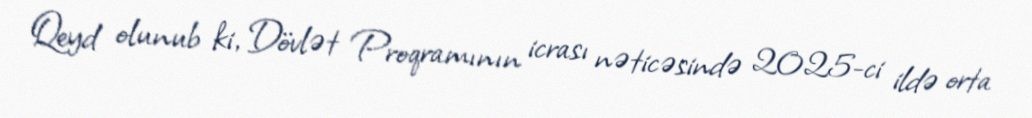
Qeyd olunub ki, Dövlət Proqramının icrası nəticəsində 2025-ci ildə orta